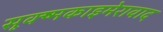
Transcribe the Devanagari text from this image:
सूक्ष्मकाइमेरावाद